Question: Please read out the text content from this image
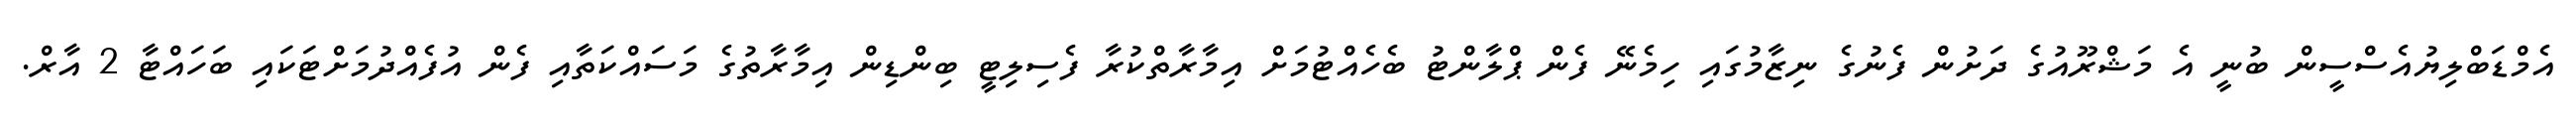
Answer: އެމްޑަބްލިޔުއެސްސީން ބުނީ އެ މަޝްރޫއުގެ ދަށުން ފެނުގެ ނިޒާމުގައި ހިމެނޭ ފެން ޕްލާންޓު ބެހެއްޓުމަށް އިމާރާތްކުރާ ފެސިލިޓީ ބިންޑިން އިމާރާތުގެ މަސައްކަތާއި ފެން އުފެއްދުމަށްޓަކައި ބަހައްޓާ 2 އާރް.